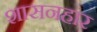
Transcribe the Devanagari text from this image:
शासनहार